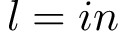
l = i n